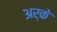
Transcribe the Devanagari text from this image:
अर्के